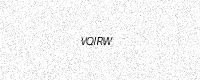
Text: VQIRW